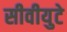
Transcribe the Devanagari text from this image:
सीवीयुटे